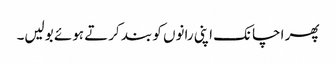
پھر اچانک اپنی رانوں کو بند کرتے ہوئے بولیں۔